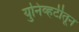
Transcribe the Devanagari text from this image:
युनिव्हर्टीतून